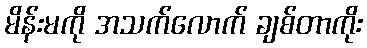
မိန်းမကို အသက်လောက် ချစ်တာကိုး